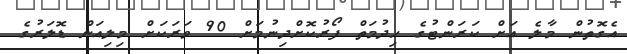
އެގޮތުން މާލެ އަށް ކަރަންޓުގެ ހިދުމަތް ފޯރުކޮށްދިނުމަށް 90 ވަރަކަށް މިލިއަން ޑޮލަރުގެ